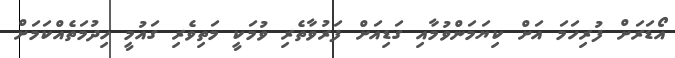
އޯޑަރަށް ފުރިހަމަ އަށް ކިޔަމަންވުމާއި ގަޑިއަށް ފަރުވާތެރި ވުމަކީ މަތިވެރި ގައުމީ ހިދުމަތެއްކަމަށް